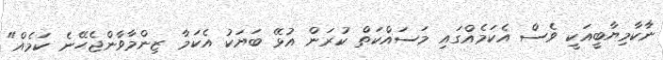
ނާކާމިޔާބީއަކީ ވެސް އެކަމެއްގައި މަސައްކަތް ކުރަން އުޅޭ ބަޔަކު އެކަމާ ޒިންމާވާންޖެހޭނެ ކަމެއް"